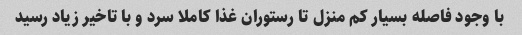
با وجود فاصله بسیار کم منزل تا رستوران غذا کاملا سرد و با تاخیر زیاد رسید